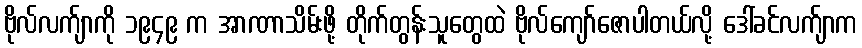
ဗိုလ်လက်ျာကို ၁၉၄၉ က အာဏာသိမ်းဖို့ တိုက်တွန်းသူတွေထဲ ဗိုလ်ကျော်ဇောပါတယ်လို့ ဒေါ်ခင်လက်ျာက